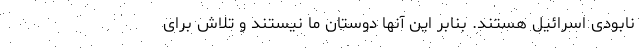
نابودی اسرائیل هستند. بنابر این آنها دوستان ما نیستند و تلاش برای